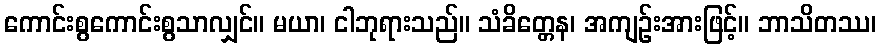
ကောင်းစွကောင်းစွသာလျှင်။ မယာ၊ ငါဘုရားသည်။ သံခိတ္တေန၊ အကျဉ်းအားဖြင့်။ ဘာသိတဿ၊